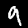
Label: 9